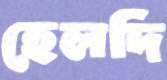
হেলদি